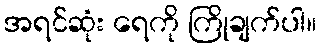
အရင်ဆုံး ရေကို ကြိုချက်ပါ။